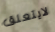
لايتعلق